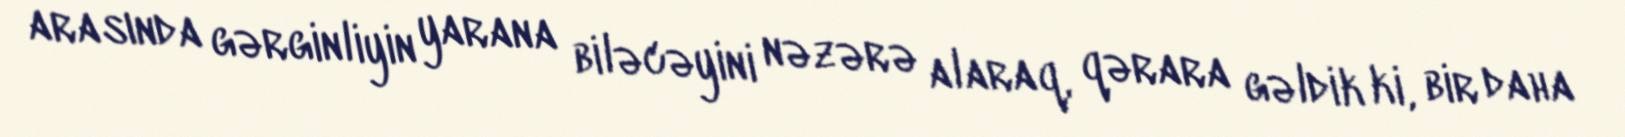
arasında gərginliyin yarana biləcəyini nəzərə alaraq, qərara gəldik ki, bir daha